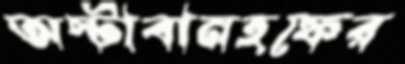
অস্টাবানহফের